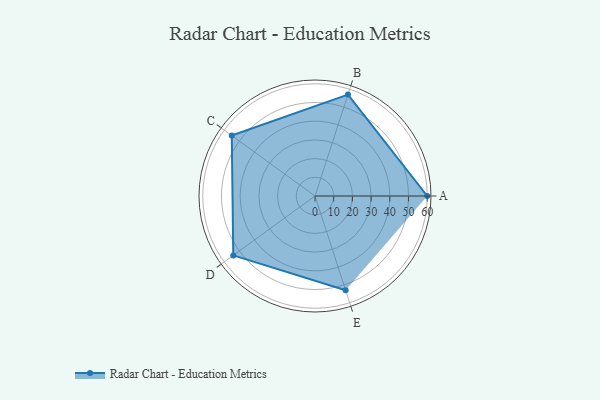
{"axis": {"x": "Skill", "y": "Score"}, "legend": ["Profile"], "data": [{"x": "A", "y": 60.0, "type": "Profile"}, {"x": "B", "y": 57.0, "type": "Profile"}, {"x": "C", "y": 55.0, "type": "Profile"}, {"x": "D", "y": 54.0, "type": "Profile"}, {"x": "E", "y": 53.0, "type": "Profile"}]}